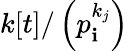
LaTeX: k[t]/\left(p_{\mathbf{i}}^{k_{j}}\right)